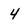
Character: 4